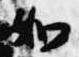
如